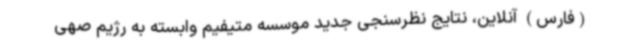
(فارس) آنلاین، نتایج نظرسنجی جدید موسسه متیفیم وابسته به رژیم صهی